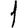
Digit: 1